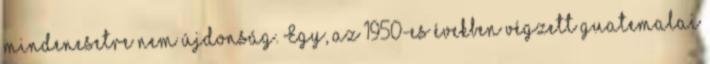
mindenesetre nem újdonság. Egy, az 1950-es években végzett guatemalai